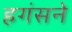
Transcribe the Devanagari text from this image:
हगंसने